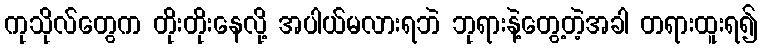
ကုသိုလ်တွေက တိုးတိုးနေလို့ အပါယ်မလားရဘဲ ဘုရားနဲ့တွေ့တဲ့အခါ တရားထူးရ၍